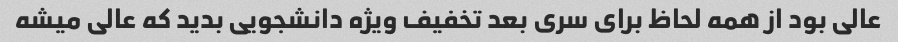
عالی بود از همه لحاظ برای سری بعد تخفیف ویژه دانشجویی بدید که عالی میشه